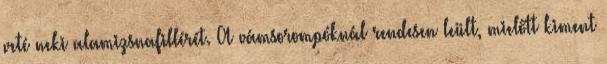
veté neki alamizsnafillérét. A vámsorompóknál rendesen leült, mielőtt kiment